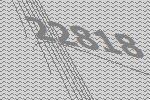
22818